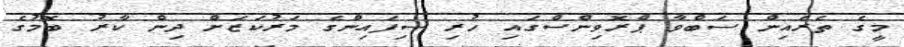
މީގެ ތެރެއިން ސަބްވާ ޕްރޮވިންސްގައި ހުރި ސިފައިންގެ މަރުކަޒަށް ދިން ކާރު ބޮމުގެ